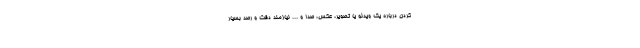
کردن درباره یک ویدئو یا تصویر، عکس، صدا و ... نیازمند دقت و رصد بسیار